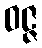
ဝဇ္ဇ